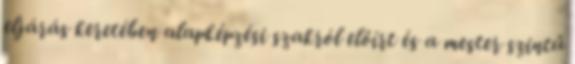
eljárás keretében alapképzési szakról előírt és a mester szintű